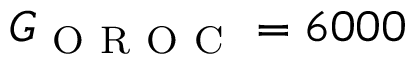
G _ { \mathrm { ~ O ~ R ~ O ~ C ~ } } = 6 0 0 0